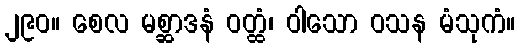
၂၉၀။ စေလ မစ္ဆာဒနံ ဝတ္ထံ၊ ဝါသော ဝသန မံသုကံ။